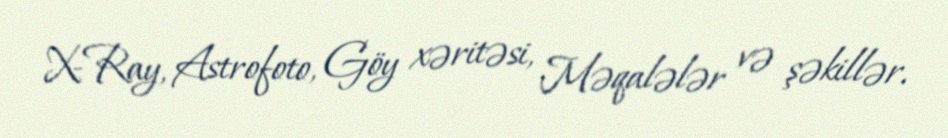
X-Ray, Astrofoto, Göy xəritəsi, Məqalələr və şəkillər.